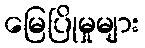
မြေပြိုမှုများ